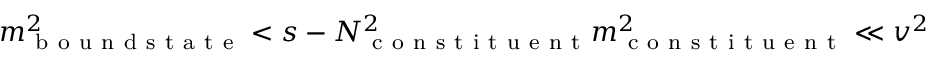
m _ { \mathrm { ~ b ~ o ~ u ~ n ~ d ~ s ~ t ~ a ~ t ~ e ~ } } ^ { 2 } < s - N _ { \mathrm { ~ c ~ o ~ n ~ s ~ t ~ i ~ t ~ u ~ e ~ n ~ t ~ } } ^ { 2 } m _ { \mathrm { ~ c ~ o ~ n ~ s ~ t ~ i ~ t ~ u ~ e ~ n ~ t ~ } } ^ { 2 } \ll v ^ { 2 }